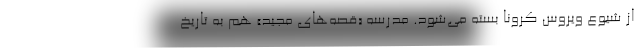
از شیوع ویروس کرونا بسته می‌شود. مدرسه «قصه‌های مجید» هم به تاریخ